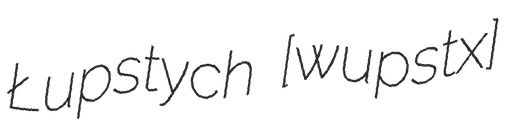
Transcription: Łupstych [ˈwupstɨx]